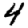
Digit: 4